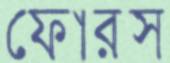
ফোরস